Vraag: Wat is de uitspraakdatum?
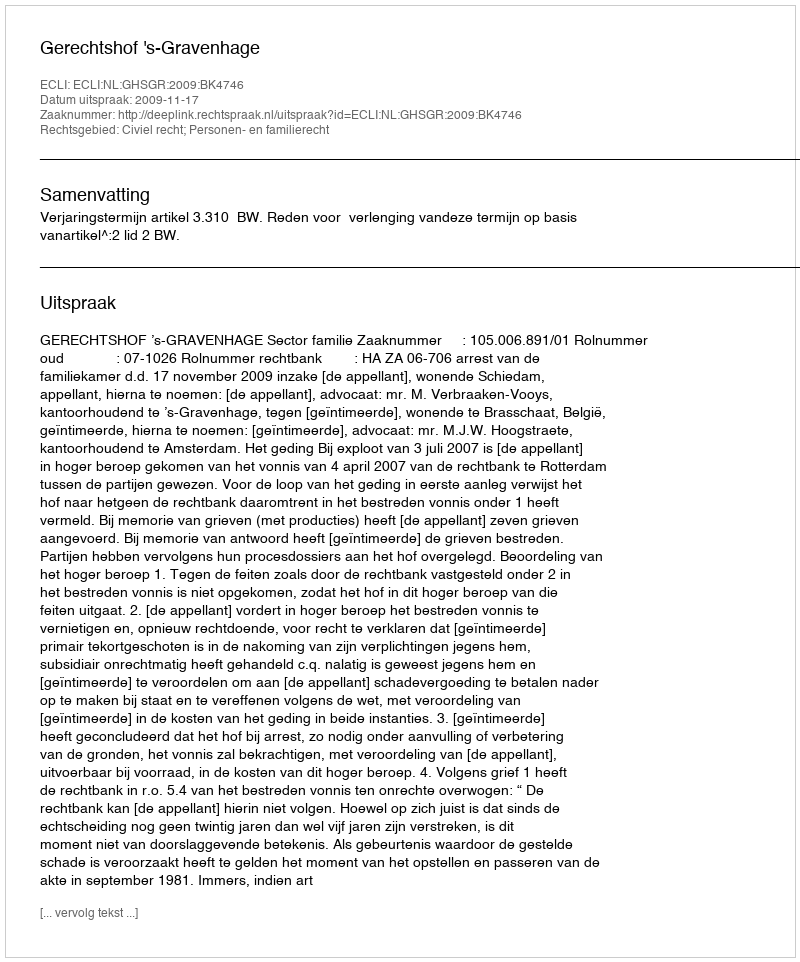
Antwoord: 2009-11-17